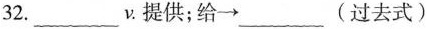
32.___v提供；给\rightarrow___(过去式)